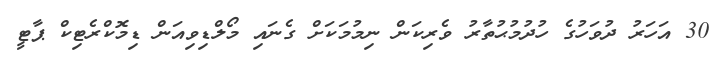
30 އަހަރު ދުވަހުގެ ހުދުމުޙުތާރު ވެރިކަން ނިމުމަކަށް ގެނައި މޯލްޑިވިއަން ޑިމޮކްރެޓިކް ޕާޓީ